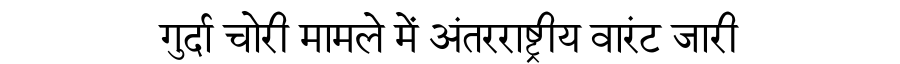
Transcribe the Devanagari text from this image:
गुर्दा चोरी मामले में अंतरराष्ट्रीय वारंट जारी